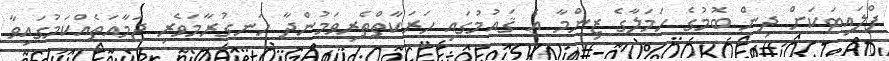
ފްލައިޓަކަށް ދިން ބޮމުގެ ހަމަލާގެ ޒިންމާ އެ ޤައުމުގައި ހަރަކާތްތެރިވަމުންދާ ހަނގުރާމަވެރި ޖަމާއަތެއްކަމުގައިވާ